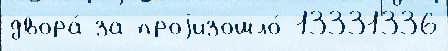
двора́ за проjизошло́ 13331336